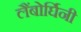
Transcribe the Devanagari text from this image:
लैंबोर्घिनी